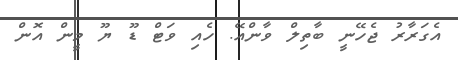
އެގަރާރު ޖެހޭނީ ބާތިލް ވާންއޭ. ހެއި ވަޓް ޑޫ ޔޫ މީން އޮން